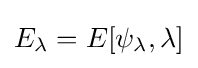
E_{\lambda }=E[\psi _{\lambda },\lambda ]